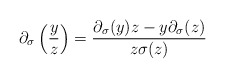
\begin{align*}\partial_{\sigma}\left(\frac yz\right) = \frac {\partial_{\sigma}(y)z - y\partial_{\sigma}(z)}{z\sigma(z)}\end{align*}